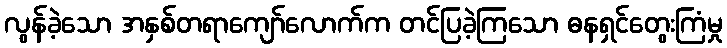
လွန်ခဲ့သော အနှစ်တရာကျော်လောက်က တင်ပြခဲ့ကြသော ဓနရှင်တွေးကြံမှု